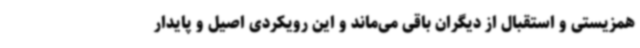
همزیستی و استقبال از دیگران باقی می‌ماند و این رویکردی اصیل و پایدار